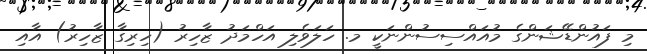
މި ފައުންޑޭޝަންގެ މުއައްސިސުންނަކީ މ. ހަލަވެލި އަހްމަދު ޒާހިރު (ހިރިގާ ޒާހިރު) އާއި